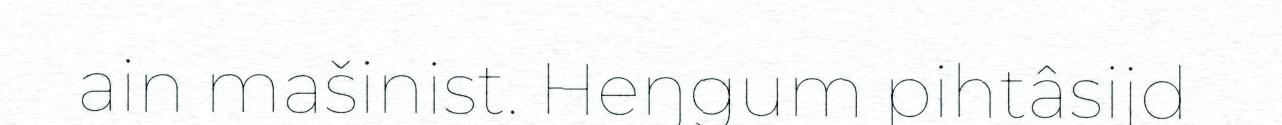
ain mašinist. Heŋgum pihtâsijd